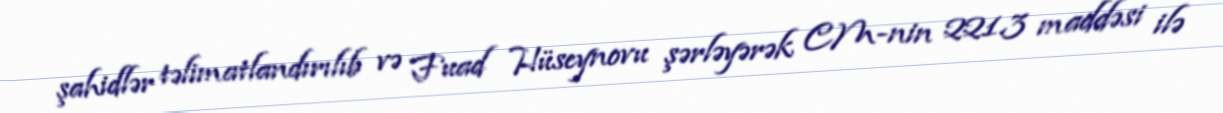
şahidlər təlimatlandırılıb və Fuad Hüseynovu şərləyərək CM-nin 221.3 maddəsi ilə